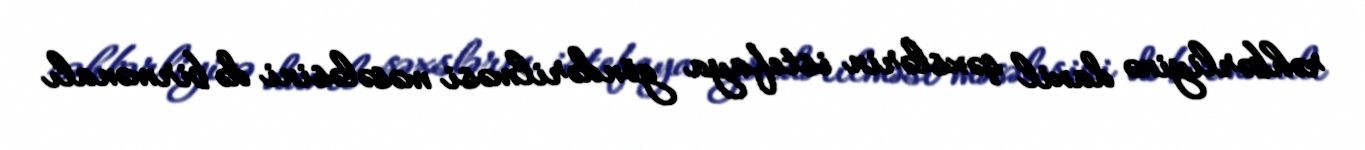
rəhbərliyinə daxil şəxslərin istefaya göndərilməsi məsələsini də birmənalı